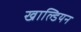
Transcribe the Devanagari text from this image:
खाल्डियन